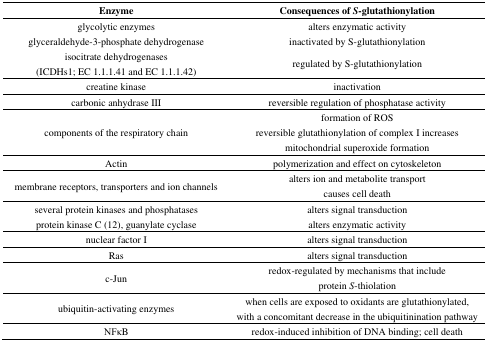
| Enzyme | Consequences of S-glutathionylation |
 | --- | --- |
 | glycolytic enzymes | alters enzymatic activity |
 | glyceraldehyde-3-phosphate dehydrogenase | inactivated by S-glutathionylation |
 | isocitrate dehydrogenases (ICDHs1; EC 1.1.1.41 and EC 1.1.1.42) | regulated by S-glutathionylation |
 | creatine kinase | inactivation |
 | carbonic anhydrase III | reversible regulation of phosphatase activity |
 | <ROWSPAN=2> components of the respiratory chain | formation of ROS |
 | reversible glutathionylation of complex I increases mitochondrial superoxide formation |
 | Actin | polymerization and effect on cytoskeleton |
 | <ROWSPAN=2> membrane receptors, transporters and ion channels | alters ion and metabolite transport |
 | causes cell death |
 | several protein kinases and phosphatases | alters signal transduction |
 | protein kinase C (12), guanylate cyclase | alters enzymatic activity |
 | nuclear factor I | alters signal transduction |
 | Ras | alters signal transduction |
 | c-Jun | redox-regulated by mechanisms that include protein S-thiolation |
 | ubiquitin-activating enzymes | when cells are exposed to oxidants are glutathionylated, with a concomitant decrease in the ubiquitinination pathway |
 | NFκB | redox-induced inhibition of DNA binding; cell death |